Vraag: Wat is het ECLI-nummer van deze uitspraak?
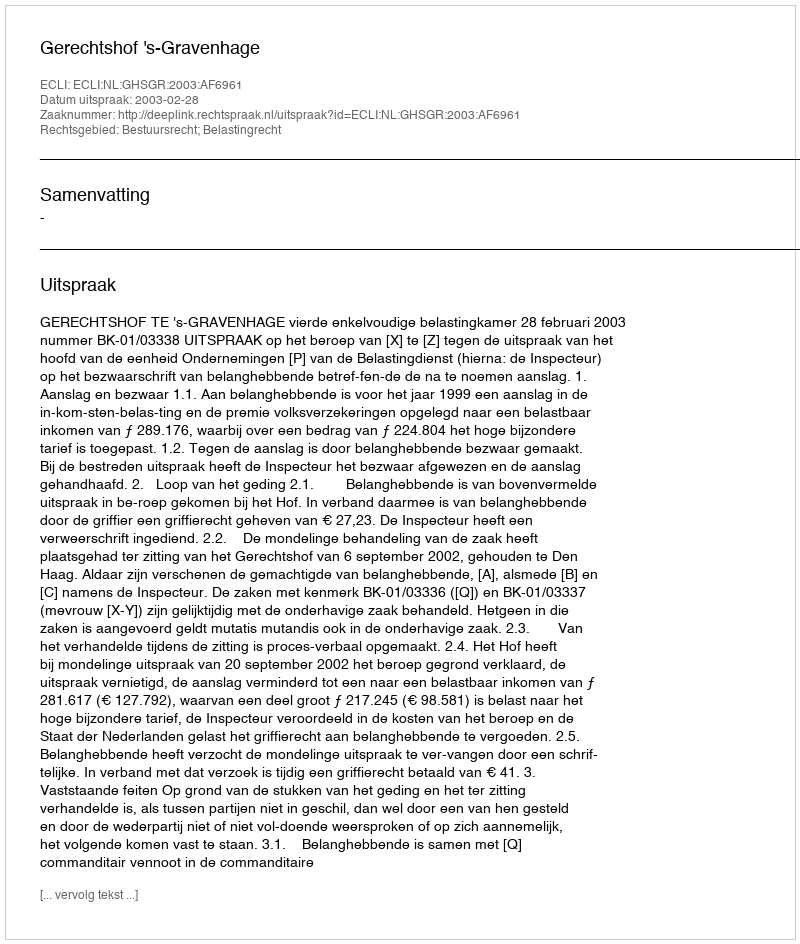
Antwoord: ECLI:NL:GHSGR:2003:AF6961